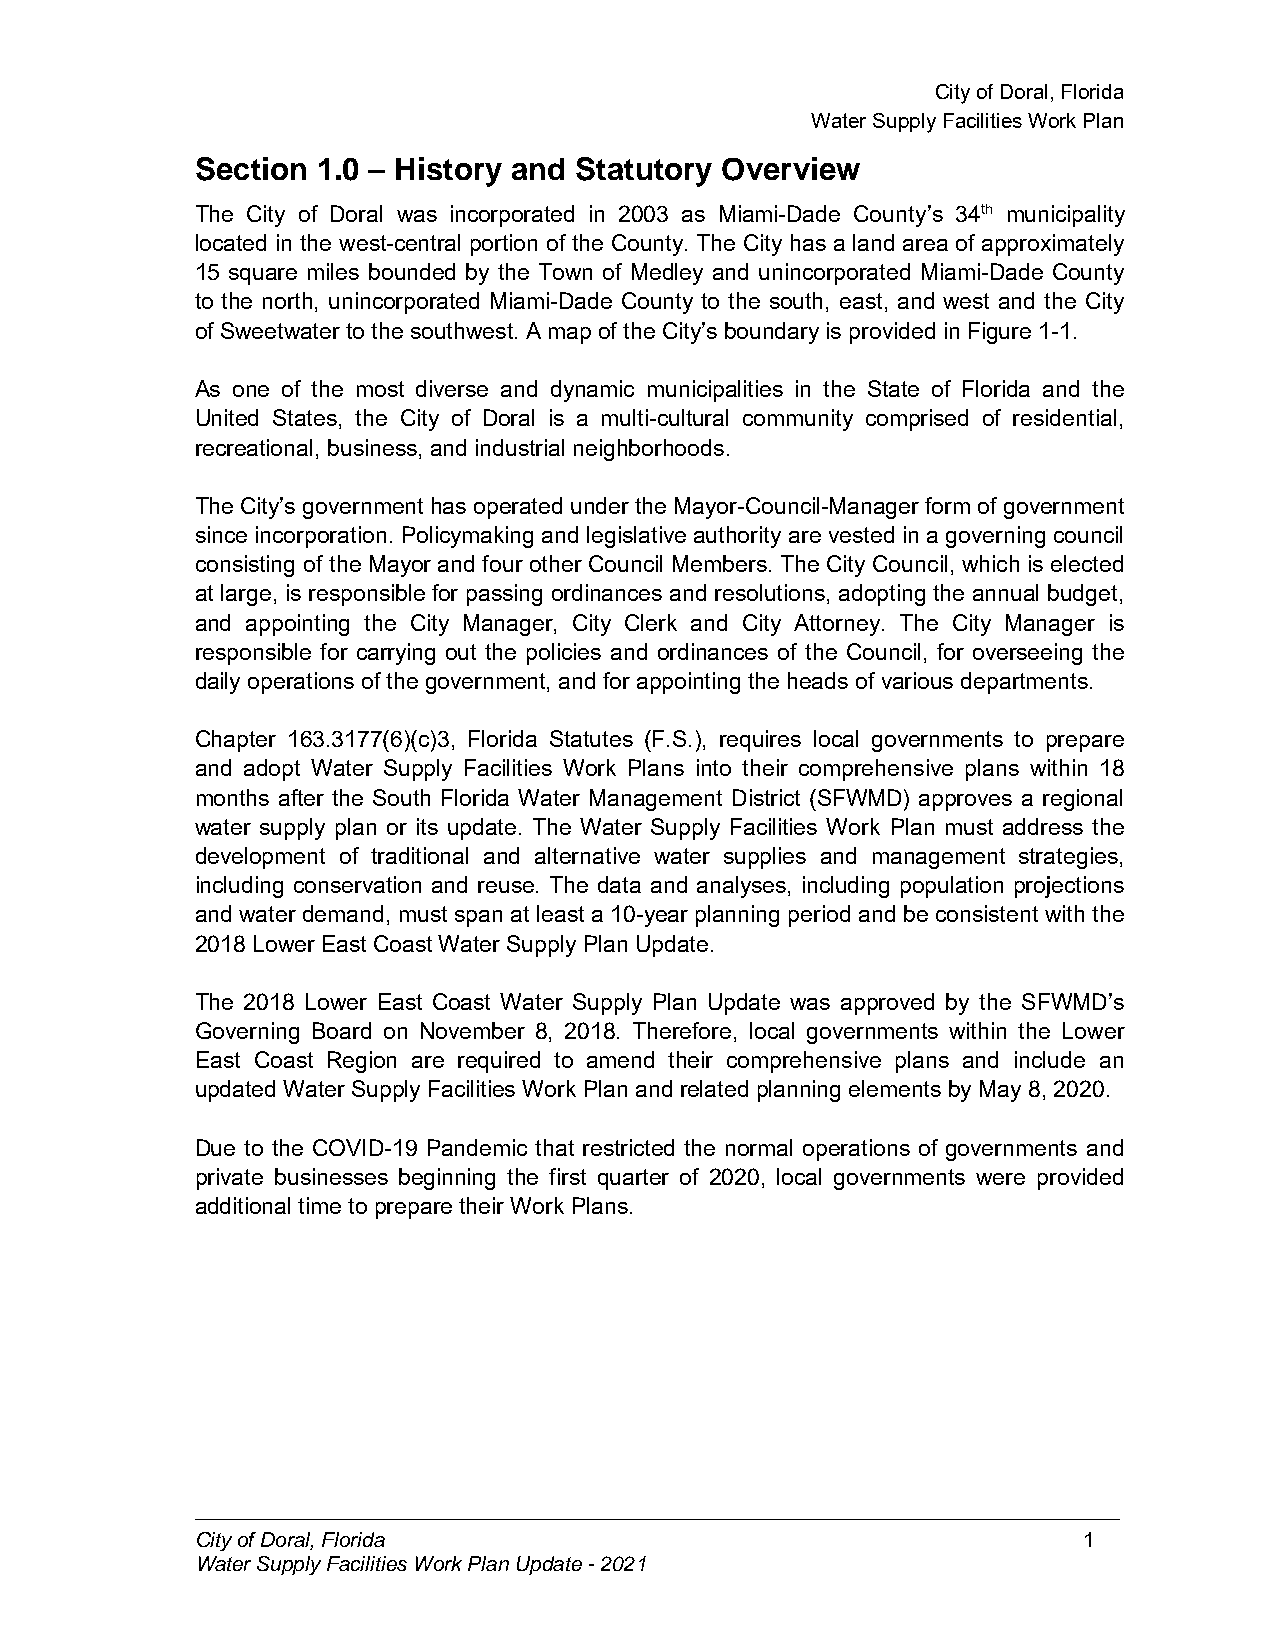
CityofDoral,Florida
 WaterSupplyFacilitiesWorkPlan
 Section 1.0 – History and Statutory Overview
 The City of Doral was incorporated in 2003 as Miami-Dade County’s 34th municipality
 located in the west-central portion of the County. The City has a land area of approximately
 15 square miles bounded by the Town of Medley and unincorporated Miami-Dade County
 to the north, unincorporated Miami-Dade County to the south, east, and west and the City
 of Sweetwater tothesouthwest. Amapof theCity’s boundary is provided in Figure 1-1.
 As one of the most diverse and dynamic municipalities in the State of Florida and the
 United States, the City of Doral is a multi-cultural community comprised of residential,
 recreational, business, and industrial neighborhoods.
 The City’s government has operated under theMayor-Council-Manager form of government
 since incorporation. Policymaking and legislative authority are vested in a governing council
 consisting of the Mayor and four other Council Members. The City Council, which is elected
 at large, is responsible for passing ordinances and resolutions, adopting the annual budget,
 and appointing the City Manager, City Clerk and City Attorney. The City Manager is
 responsible for carrying out the policies and ordinances of the Council, for overseeing the
 daily operations of thegovernment, andfor appointing theheads of various departments.
 Chapter 163.3177(6)(c)3, Florida Statutes (F.S.), requires local governments to prepare
 and adopt Water Supply Facilities Work Plans into their comprehensive plans within 18
 months after the South Florida Water Management District (SFWMD) approves a regional
 water supply plan or its update. The Water Supply Facilities Work Plan must address the
 development of traditional and alternative water supplies and management strategies,
 including conservation and reuse. The data and analyses, including population projections
 and water demand, must span at least a 10-year planning period and be consistent with the
 2018 Lower East CoastWater Supply Plan Update.
 The 2018 Lower East Coast Water Supply Plan Update was approved by the SFWMD’s
 Governing Board on November 8, 2018. Therefore, local governments within the Lower
 East Coast Region are required to amend their comprehensive plans and include an
 updatedWater Supply Facilities Work Plan andrelated planning elements by May 8, 2020.
 Due to the COVID-19 Pandemic that restricted the normal operations of governments and
 private businesses beginning the first quarter of 2020, local governments were provided
 additional timeto prepare their Work Plans.
 CityofDoral,Florida                                        1
 WaterSupplyFacilitiesWorkPlanUpdate-2021